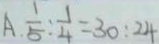
A . \frac { 1 } { 5 } : \frac { 1 } { 4 } = 3 0 : 2 4